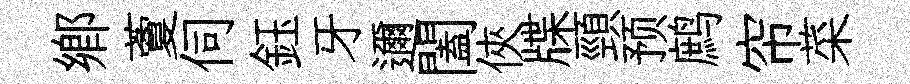
郷藑伺鈺牙邇闔俠牒頸预鹧帘菜